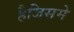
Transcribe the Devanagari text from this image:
हैजिसमे